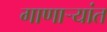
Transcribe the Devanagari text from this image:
गाणार्‍यांत